Civil Veterinary Dept. Bombay admin report 1932-41 - 1932-1941
Year: 1932
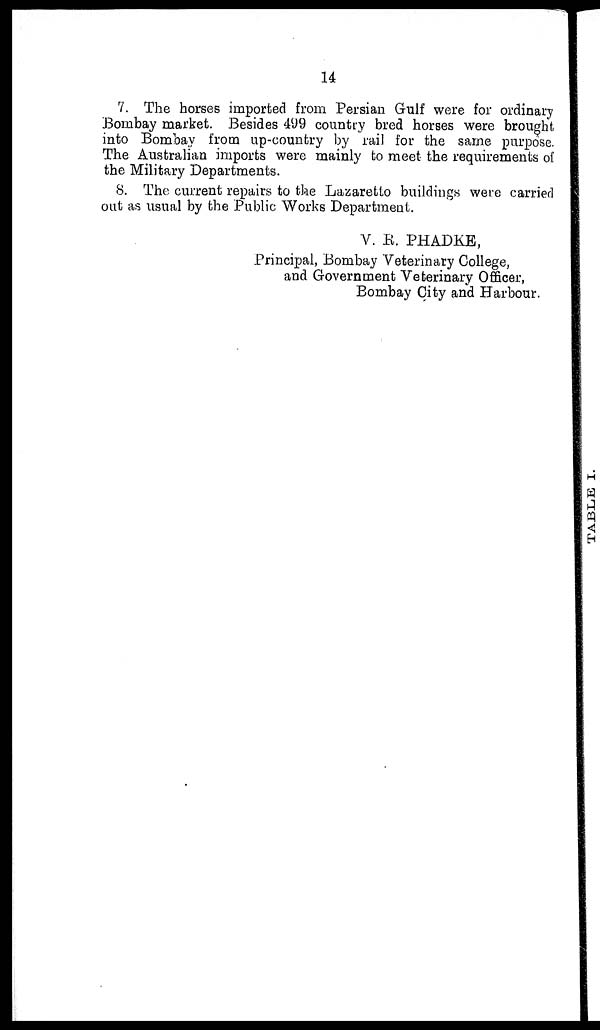
14
7. The horses imported from Persian Gulf were for ordinary
Bombay market. Besides 499 country bred horses were brought
into Bombay from up-country by rail for the same purpose.
The Australian imports were mainly to meet the requirements of
the Military Departments.
8. The current repairs to the Lazaretto buildings were carried
out as usual by the Public Works Department.
V. R. PHADKE,
Principal, Bombay Veterinary College,
and Government Veterinary Officer,
Bombay City and Harbour.